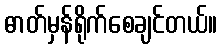
ဓာတ်မှန်ရိုက်စေချင်တယ်။